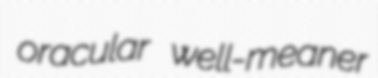
oracular well-meaner